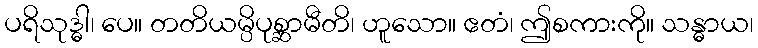
ပရိသုဒ္ဓါ၊ ပေ။ တတိယမ္ပိပုစ္ဆာမီတိ၊ ဟူသော။ ဧတံ၊ ဤစကားကို။ သန္ဓာယ၊